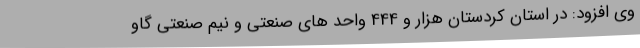
وی افزود: در استان کردستان هزار و 444 واحد های صنعتی و نیم صنعتی گاو